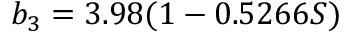
b _ { 3 } = 3 . 9 8 ( 1 - 0 . 5 2 6 6 S )